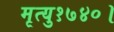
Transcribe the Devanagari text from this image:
मृत्यु१७४०।